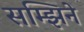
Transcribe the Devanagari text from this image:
सम्झिने